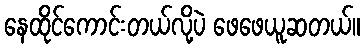
နေထိုင်ကောင်းတယ်လို့ပဲ ဖေဖေယူဆတယ်။